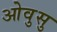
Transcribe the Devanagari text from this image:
ओवुसु